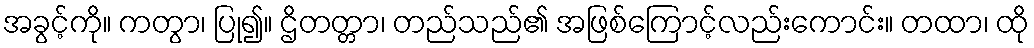
အခွင့်ကို။ ကတွာ၊ ပြု၍။ ဌိတတ္တာ၊ တည်သည်၏ အဖြစ်ကြောင့်လည်းကောင်း။ တထာ၊ ထို